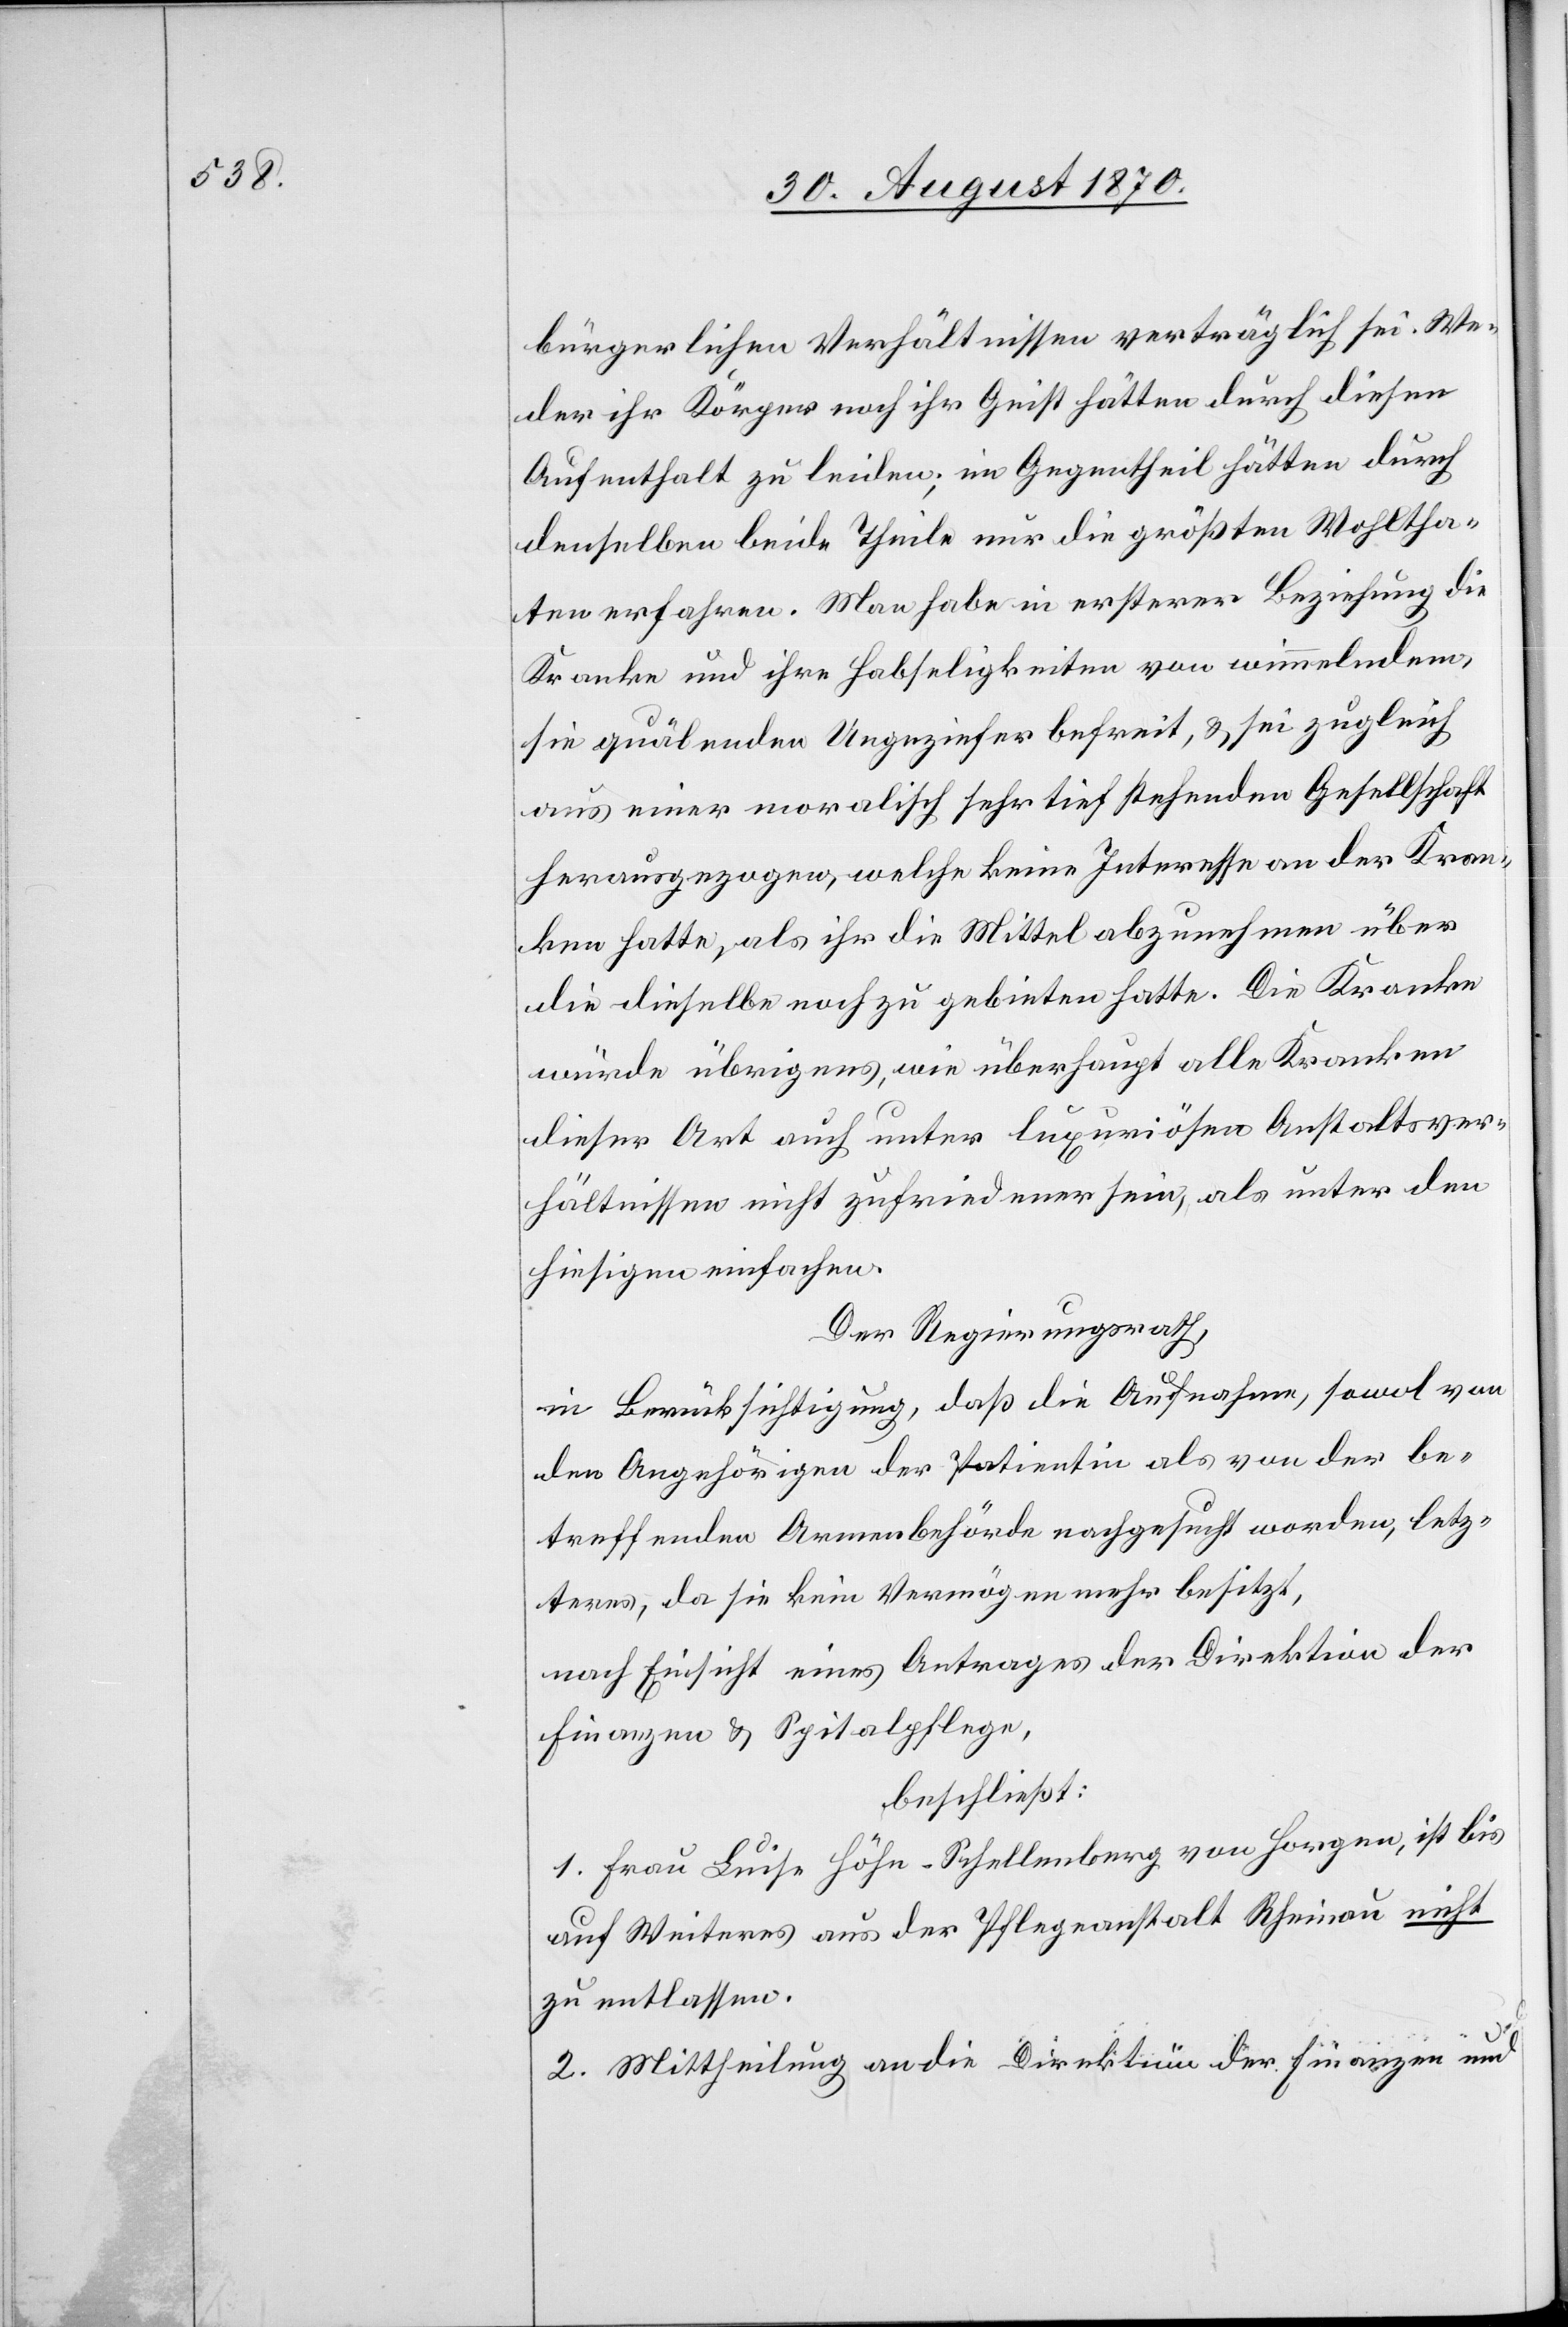
bürgerlichen Verhältnissen verträglich sei. We¬
der ihr Körper noch ihr Geist hätten durch diesen
Aufenthalt zu leiden; im Gegentheil hätten durch
denselben beide Theile nur die größten Wohlta¬
ten erfahren. Man habe in ersterer Beziehung die
Kranke und ihre Habseligkeiten von wimmelndem,
sie quälenden Ungeziefer befreit, & sie zugleich
aus einer moralisch sehr tief stehenden Gesellschaft
herausgezogen, welche keine Interesse[n] an der Kran¬
ken hatte, als ihr die Mittel abzunehmen über
die dieselbe noch zu gebieten hatte. Die Kranke
würde übrigens, wie überhaupt alle Kranken
dieser Art auch unter luxuriösen Anstaltsver¬
hältnissen nicht zufriedener sein, als unter dem
hiesigen einfachen.
Der Regierungsrath,
in Berücksichtigung, daß die Aufnahme, sowol von
den Angehörigen der Patientin als von der be¬
treffenden Armenbehörde nachgesucht worden, letz¬
teres, da sie kein Vermögen mehr besitzt,
nach Einsicht eines Antrages der Direktion der
Finanzen & Spitalpflege,
beschließt:
1. Frau Luise Höhn-Schellenberg von Horgen, ist bis
auf Weiteres aus der Pflegeanstalt Rheinau nicht
zu entlassen.
2. Mittheilung an die Direktion der Finanzen und